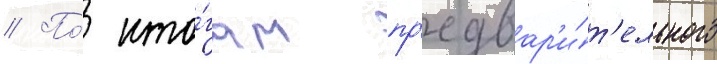
// По́ ито́гам пр'едвар'и́т'ельного